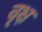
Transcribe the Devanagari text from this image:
वृक्ष